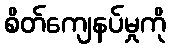
စိတ်ကျေနပ်မှုကို